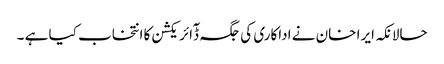
حالانکہ ایرا خان نے اداکاری کی جگہ ڈٓائریکشن کا انتخاب کیا ہے ۔